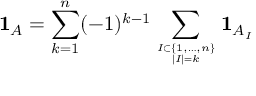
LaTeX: \mathbf { 1 } _ { A } = \sum _ { k = 1 } ^ { n } ( - 1 ) ^ { k - 1 } \sum _ { I \subset \{ 1 , \ldots , n \} \atop | I | = k } \mathbf { 1 } _ { A _ { I } }